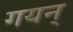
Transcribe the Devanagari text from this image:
गयन्